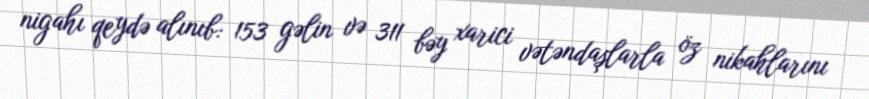
nigahı qeydə alınıb: 153 gəlin və 311 bəy xarici vətəndaşlarla öz nikahlarını